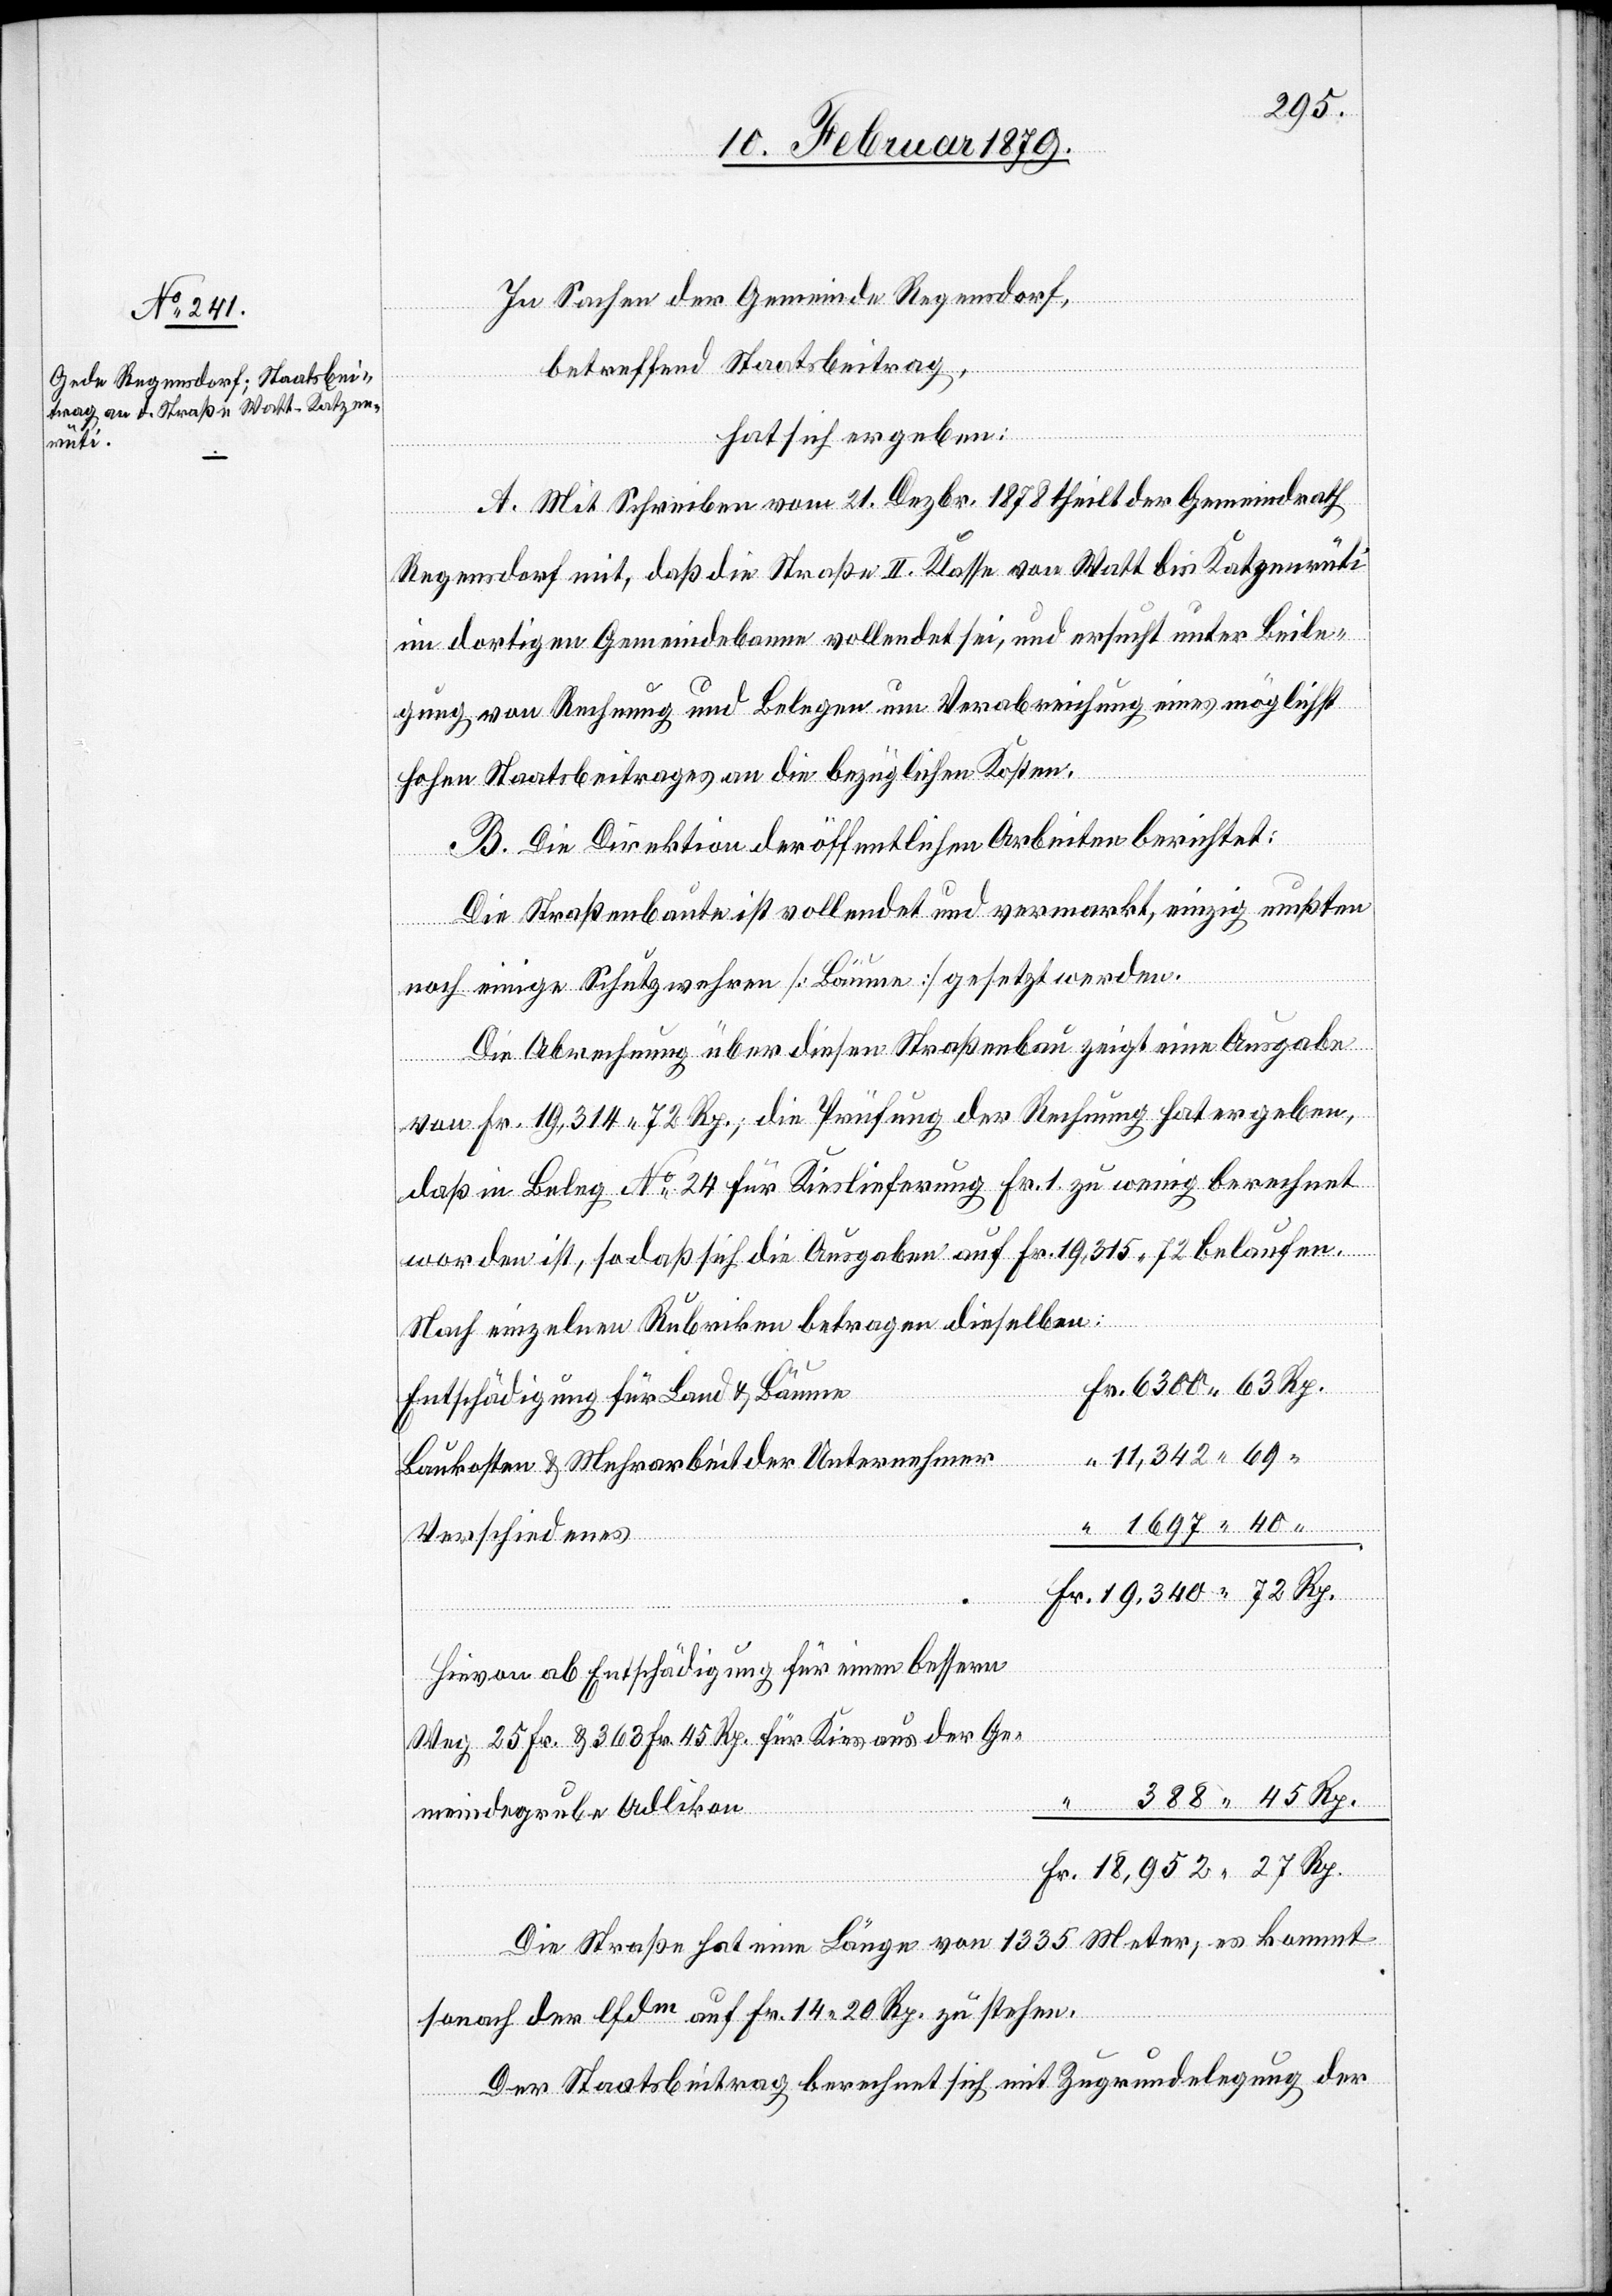
In Sachen der Gemeinde Regensdorf,
betreffend Staatsbeitrag,
hat sich ergeben:
A. Mit Schreiben vom 21. Dezbr. 1878 theilt der Gemeindrath
Regensdorf mit, daß die Straße II. Klasse von Watt bis Katzenrüti
im dortigen Gemeindebann vollendet sei, und ersucht unter Beile¬
gung von Rechnung und Belegen um Verabreichung eines möglichst
hohen Staatsbeitrages an die bezüglichen Kosten.
B. Die Direktion der öffentlichen Arbeiten berichtet:
Die Straßenbaute ist vollendet und vermarkt, einzig mußten
noch einige Schutzwehren [Bäume] gesetzt werden.
Die Abrechnung über diesen Straßenbau zeigt eine Ausgabe
von Fr. 19,314 72 Rp.; die Prüfung der Rechnung hat ergeben,
daß in Beleg No 24 für Kieslieferung Fr. 1 zu wenig berechnet
worden ist, so daß sich die Ausgaben auf Fr. 19,315 72 belaufen.
Nach einzelnen Rubriken betragen dieselben:
Entschädigung für Land & Bäume
Baukosten & Mehrarbeit der Unternehmer
Verschiedenes
Hievon ab Entschädigung für einen bessern
Rp.
Weg 25 Fr. & 363 Fr. 45 Rp. für Kies aus der Ge¬
388
meindegrube Adlikon
Die Straße hat eine Länge von 1335 Meter; es kommt
sonach der lfdm auf Fr. 14 20 Rp. zu stehen.
Der Staatsbeitrag berechnet sich mit Zugrundlegung der